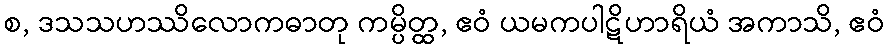
စ, ဒသသဟဿိလောကဓာတု ကမ္ပိတ္ထ, ဧဝံ ယမကပါဋိဟာရိယံ အကာသိ, ဧဝံ